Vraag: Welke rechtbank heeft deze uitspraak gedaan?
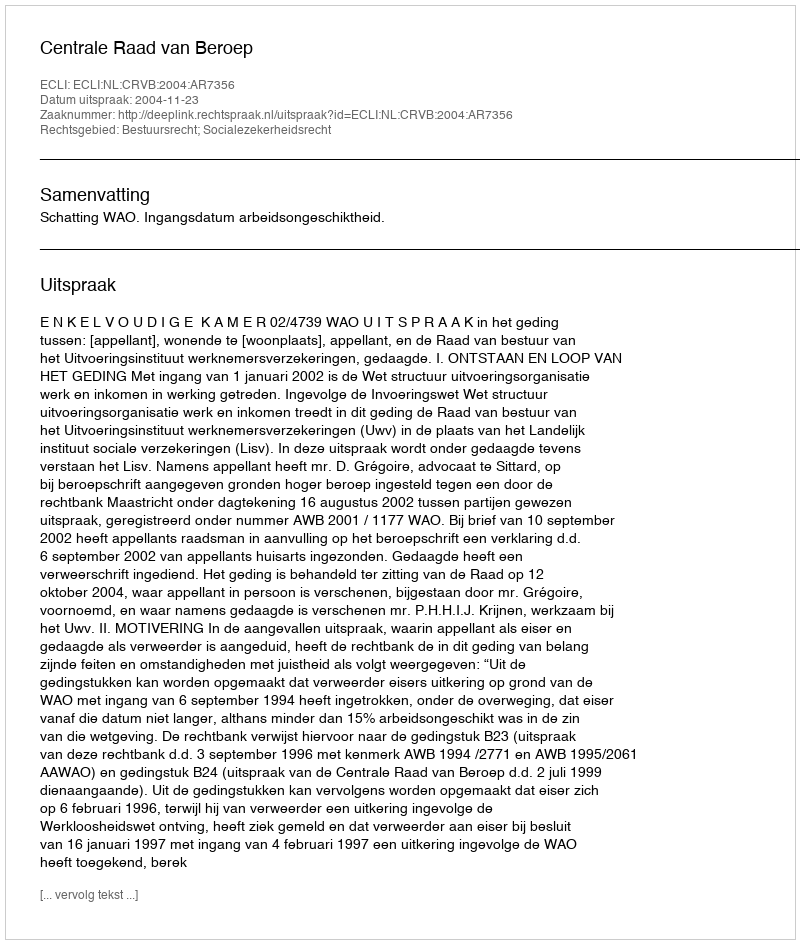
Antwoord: Centrale Raad van Beroep